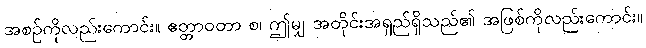
အစဉ်ကိုလည်းကောင်း။ ဧတ္တာဝတာ စ၊ ဤမျှ အတိုင်းအရှည်ရှိသည်၏ အဖြစ်ကိုလည်းကောင်း။